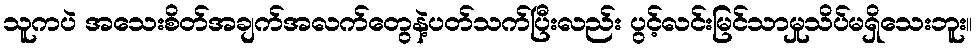
သူကပဲ အသေးစိတ်အချက်အလက်တွေနဲ့ပတ်သက်ပြီးလည်း ပွင့်လင်းမြင်သာမှုသိပ်မရှိသေးဘူး။